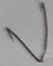
Text: V